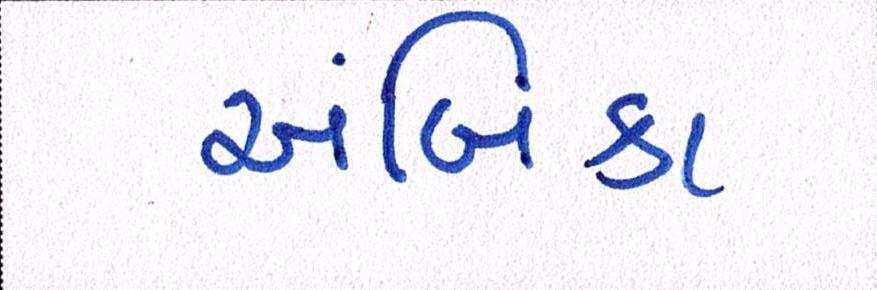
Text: અંબિકા